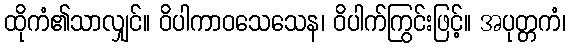
ထိုကံ၏သာလျှင်။ ဝိပါကာဝသေသေန၊ ဝိပါက်ကြွင်းဖြင့်။ အပုတ္တကံ၊